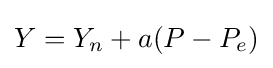
Y=Y_{n}+a(P-P_{e})